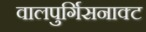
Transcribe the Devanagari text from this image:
वालपुर्गिसनाक्ट